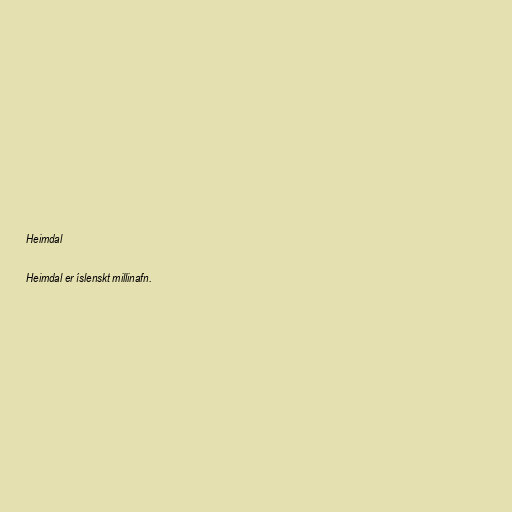
Heimdal

Heimdal er íslenskt millinafn.